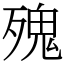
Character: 㱱